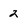
Character: 2